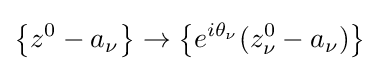
\left\{z^{0}-a_{\nu }\right\}\to \left\{e^{i\theta _{\nu }}(z_{\nu }^{0}-a_{\nu })\right\}